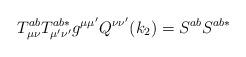
LaTeX: \begin{align*}T_{\mu \nu }^{ab}T_{\mu ^{\prime }\nu ^{\prime }}^{ab*}g^{\mu \mu ^{\prime}}Q^{\nu \nu ^{\prime }}(k_2)=S^{ab}S^{ab*}\end{align*}